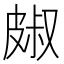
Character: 𭽭